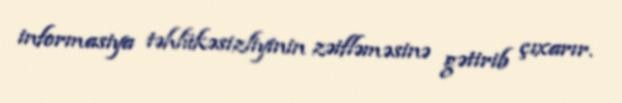
informasiya təhlükəsizliyinin zəifləməsinə gətirib çıxarır.